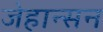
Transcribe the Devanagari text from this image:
जेहान्सन